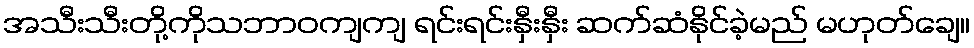
အသီးသီးတို့ကိုသဘာဝကျကျ ရင်းရင်းနှီးနှီး ဆက်ဆံနိုင်ခဲ့မည် မဟုတ်ချေ။